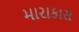
મારાકાસ